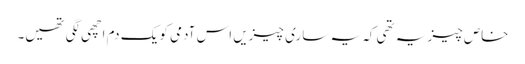
خاص چیز یہ تھی کہ یہ ساری چیزیں اس آدمی کو یک دم اچھی لگی تھیں۔